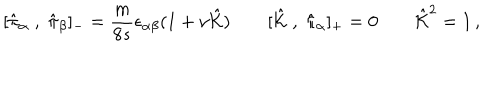
[ \hat { \pi } _ { \alpha } \; , \; \hat { \pi } _ { \beta } ] _ { - } = \frac { m } { 8 s } \epsilon _ { \alpha \beta } ( 1 + \nu \hat { \cal K } ) \qquad [ \hat { \cal K } \; , \; \hat { \pi } _ { \alpha } ] _ { + } = 0 \qquad \hat { \cal K } ^ { 2 } = 1 \, ,